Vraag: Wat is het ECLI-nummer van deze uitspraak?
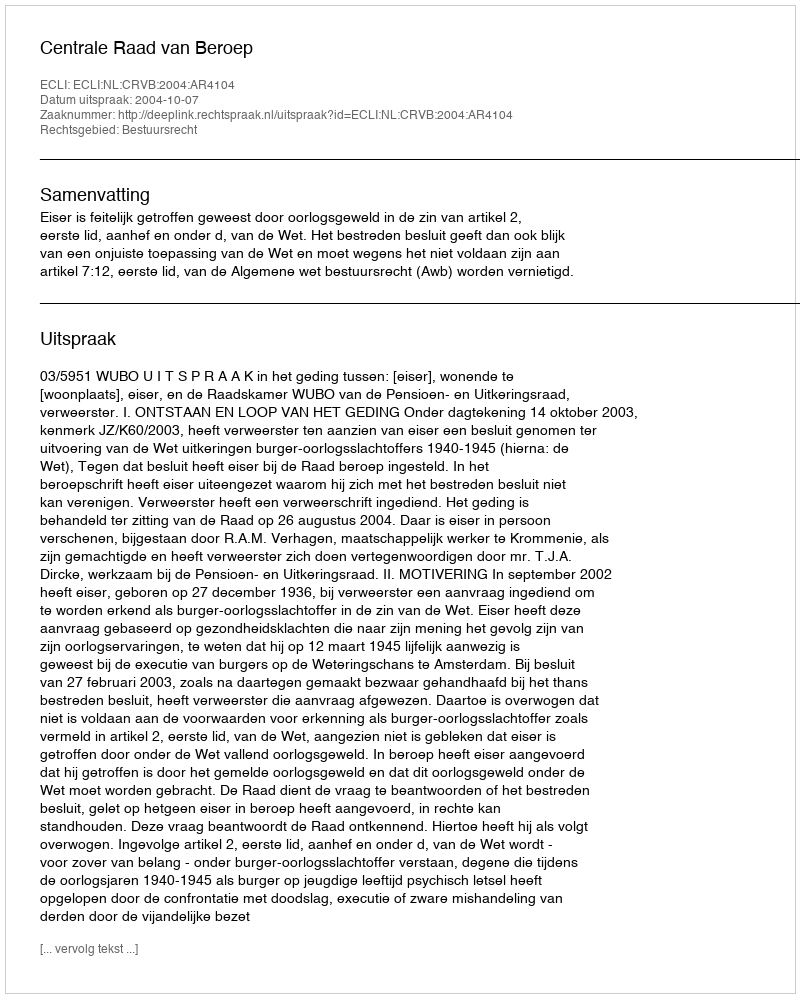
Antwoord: ECLI:NL:CRVB:2004:AR4104